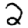
Digit: 2